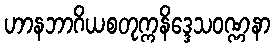
ဟာနဘာဂိယစတုက္ကနိဒ္ဒေသဝဏ္ဏနာ